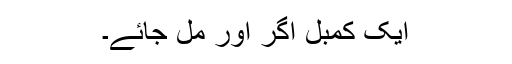
ایک کمبل اگر اور مل جائے۔